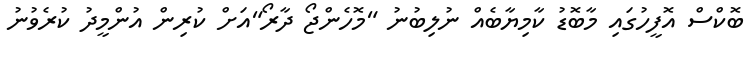
ބޮކްސް އޮފީހުގައި މާބޮޑު ކާމިޔާބެއް ނުލިބުނު "މޮހެންޖޯ ދާރޯ"އަށް ކުރިން އުންމީދު ކުރެވުނު